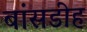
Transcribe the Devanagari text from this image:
बांसडीह